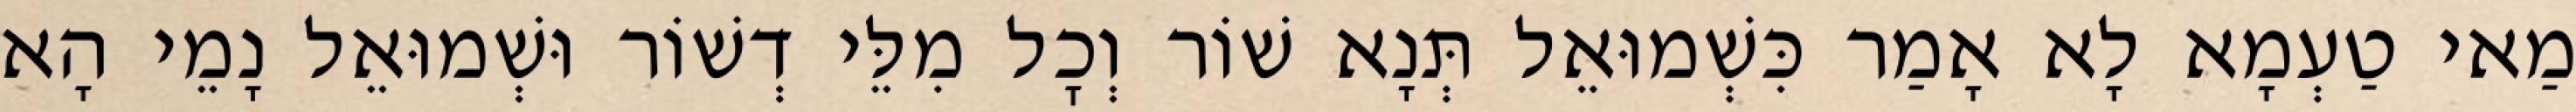
מַאי טַעְמָא לָא אָמַר כִּשְׁמוּאֵל תְּנָא שׁוֹר וְכׇל מִלֵּי דְשׁוֹר וּשְׁמוּאֵל נָמֵי הָא